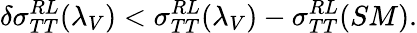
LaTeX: \delta\sigma_{TT}^{RL}(\lambda_{V})<\sigma_{TT}^{RL}(\lambda_{V})-\sigma_{TT}^{RL}(SM).